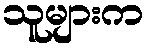
သူများက